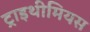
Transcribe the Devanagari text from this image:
ट्राइथीमियस